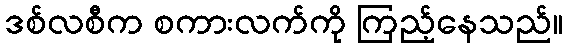
ဒစ်လစီက စကားလက်ကို ကြည့်နေသည်။